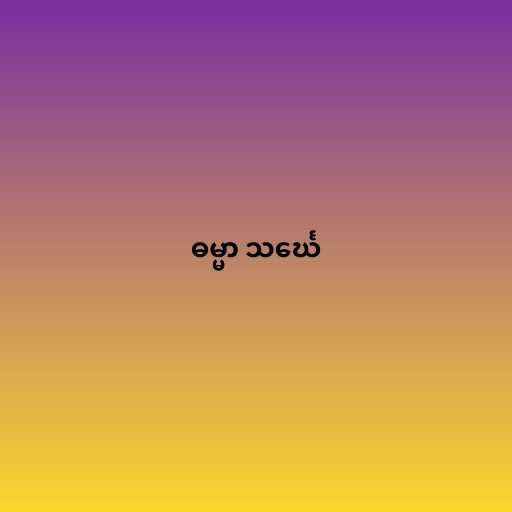
ဓမ္မာ သင်္ဃေ